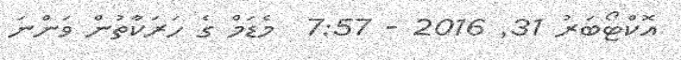
އޮކްޓޯބަރު 31